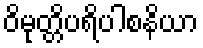
ဝိမုတ္တိပရိပါစနိယာ